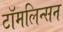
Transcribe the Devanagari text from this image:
टॉमलिन्सन